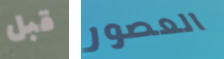
قبل العصور